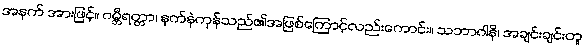
အနက် အားဖြင့်။ ဂမ္ဘီရတ္တာ၊ နက်နဲကုန်သည်၏အဖြစ်ကြောင့်လည်းကောင်း။ သဘာဂါနိ၊ အချင်းချင်းတူ